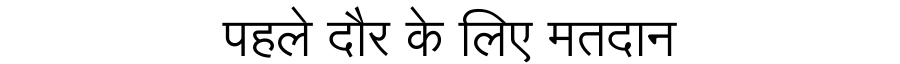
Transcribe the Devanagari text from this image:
पहले दौर के लिए मतदान